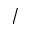
/